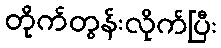
တိုက်တွန်းလိုက်ပြီး